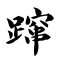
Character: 蹿